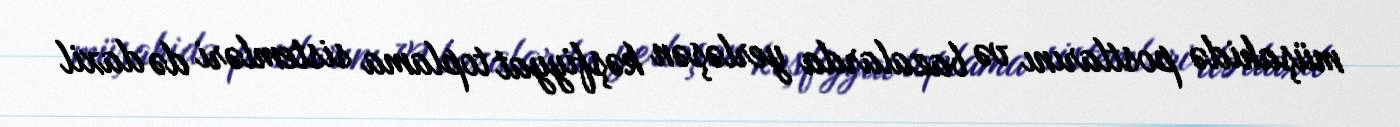
müşahidə postlarını və bazalarda yerləşən kəşfiyyat toplama sistemləri də daxil